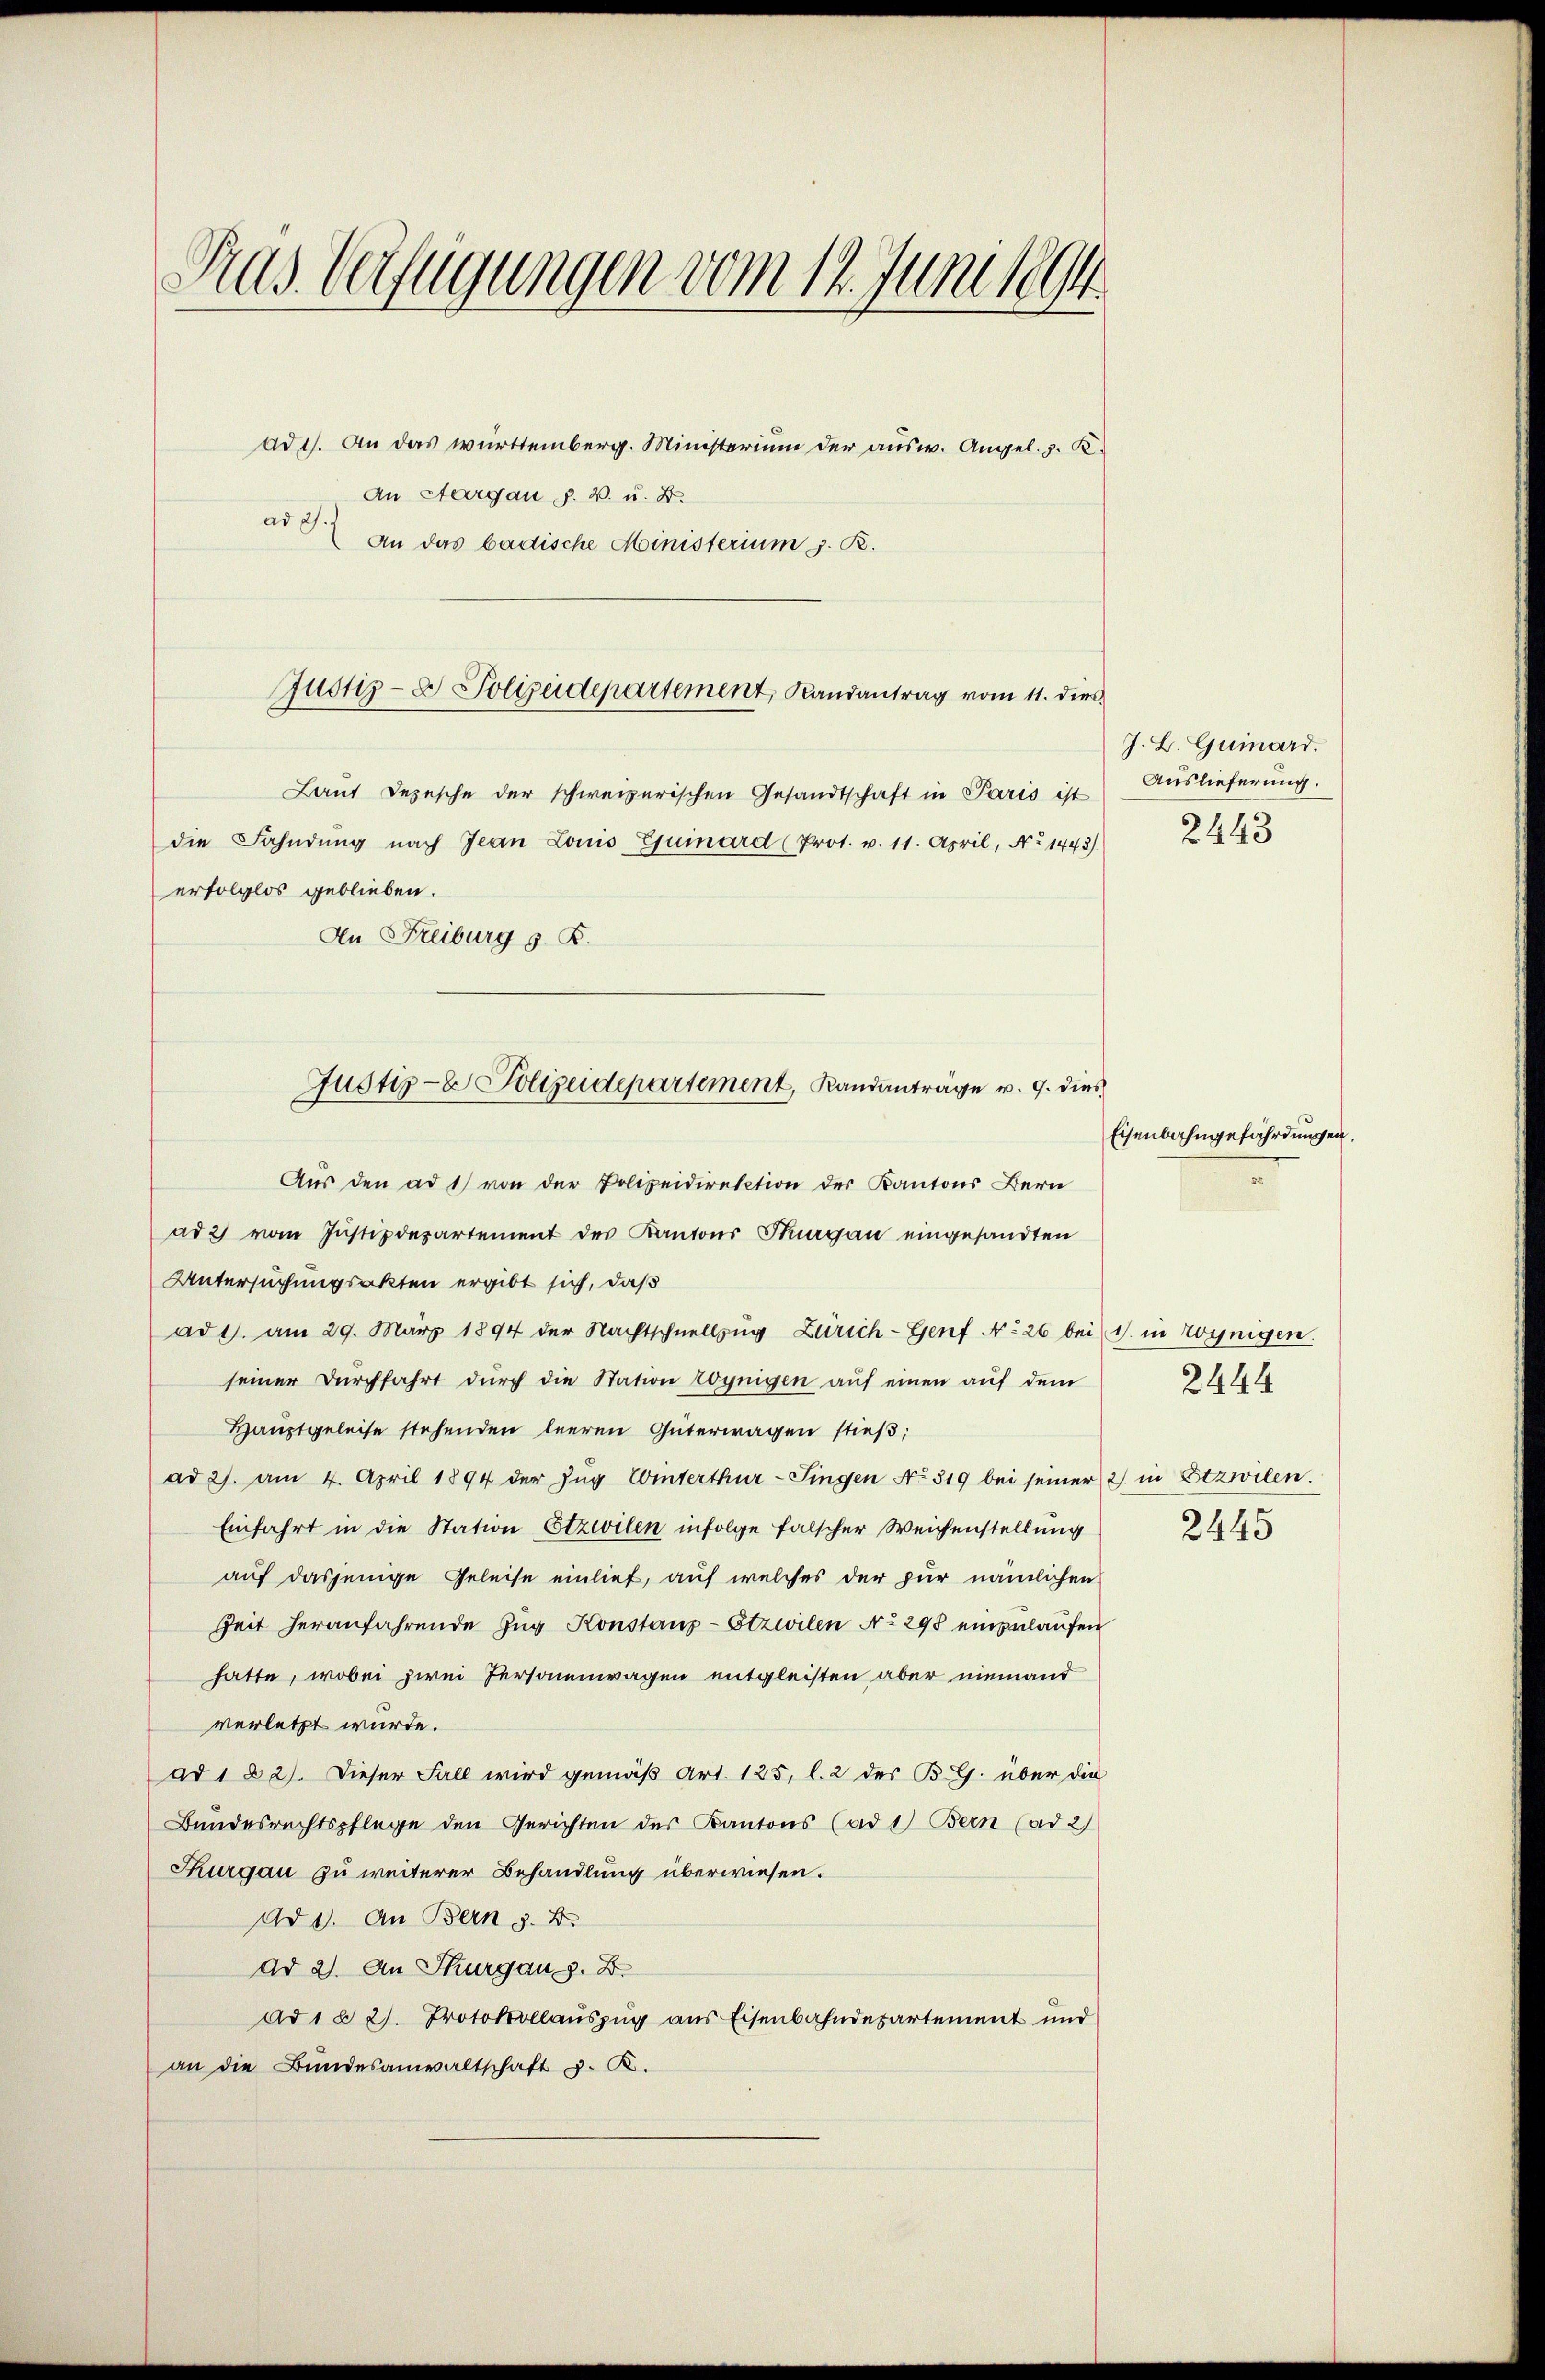
Pras. Verfügungen vom 12. Juni 1891

ad 1. An das württemberg. Ministerium der ausw. Angel. z. K.
An Aargau §. 2. u. B.
ad 2.)
An das badische Ministerium z. B.

Justiz- & Polizeidepartement, Randantrag vom 11. dies

Laut Depesche der schweizerischen Gesandtschaft in Paris ist
die Fahndung nach Jean Louis Gjuinard (Prot. v. 11. April, No 1443)
erfolglos geblieben.
An Freiburg s. B.

Aus den ad 1) von der Polizeidirektion der Kantons Bern
ad 2) vom Justizdepartement des Kantons Thurgau eingesandten
Untersuchungsakten ergibt sich, daß
ad 1. am 29. März 1894 der Nachtschnellzŭg Zürich-Genf No 26 bei (1. in Hoynigen.
seiner Durchfahrt durch die Station roynigen auf einen auf dem
Hauptgeleise stehenden leeren Güterwagen stieß;
ad 2. am 4. April 1894 der Zŭg Winterthur–Singen No 319 bei seiner 2. in Etzwilen.
Einfahrt in die Station Etzwilen infolge falscher Weichenstellung
auf dasjenige Geleise einlief, auf welches der zur nämlichen
Zeit heranfahrende Zŭg Konstanz-Stzwilen No 298 einzulaufen
hatte, wobei zwei Personenwagen entgleisten aber niemand
verletzt wurde.
ad 1 § 2). Dieser Fall wird gemäß Art. 125, l. 2 des BG. über die
Bundesrechtspflege den Gerichten des Kantons (ad 1) Bern (ad 2)
Thurgau zu weiterer Behandlung überwiesen.
ad 1. An Bern §. 2.
ad 2. An Thurgau s. B.
ad 1 § 2). Protokollauszug aus Eisenbahndepartement und
an die Bundesanwaltschaft z. B.

Justiz- & Polizeidepartement, Randanträge v. 9. dies

J. L. Guiard.
Auslieferung.
2443

Eisenbahngefährdungen.
.

2445

2444